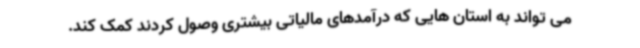
می تواند به استان هایی که درآمدهای مالیاتی بیشتری وصول کردند کمک کند.